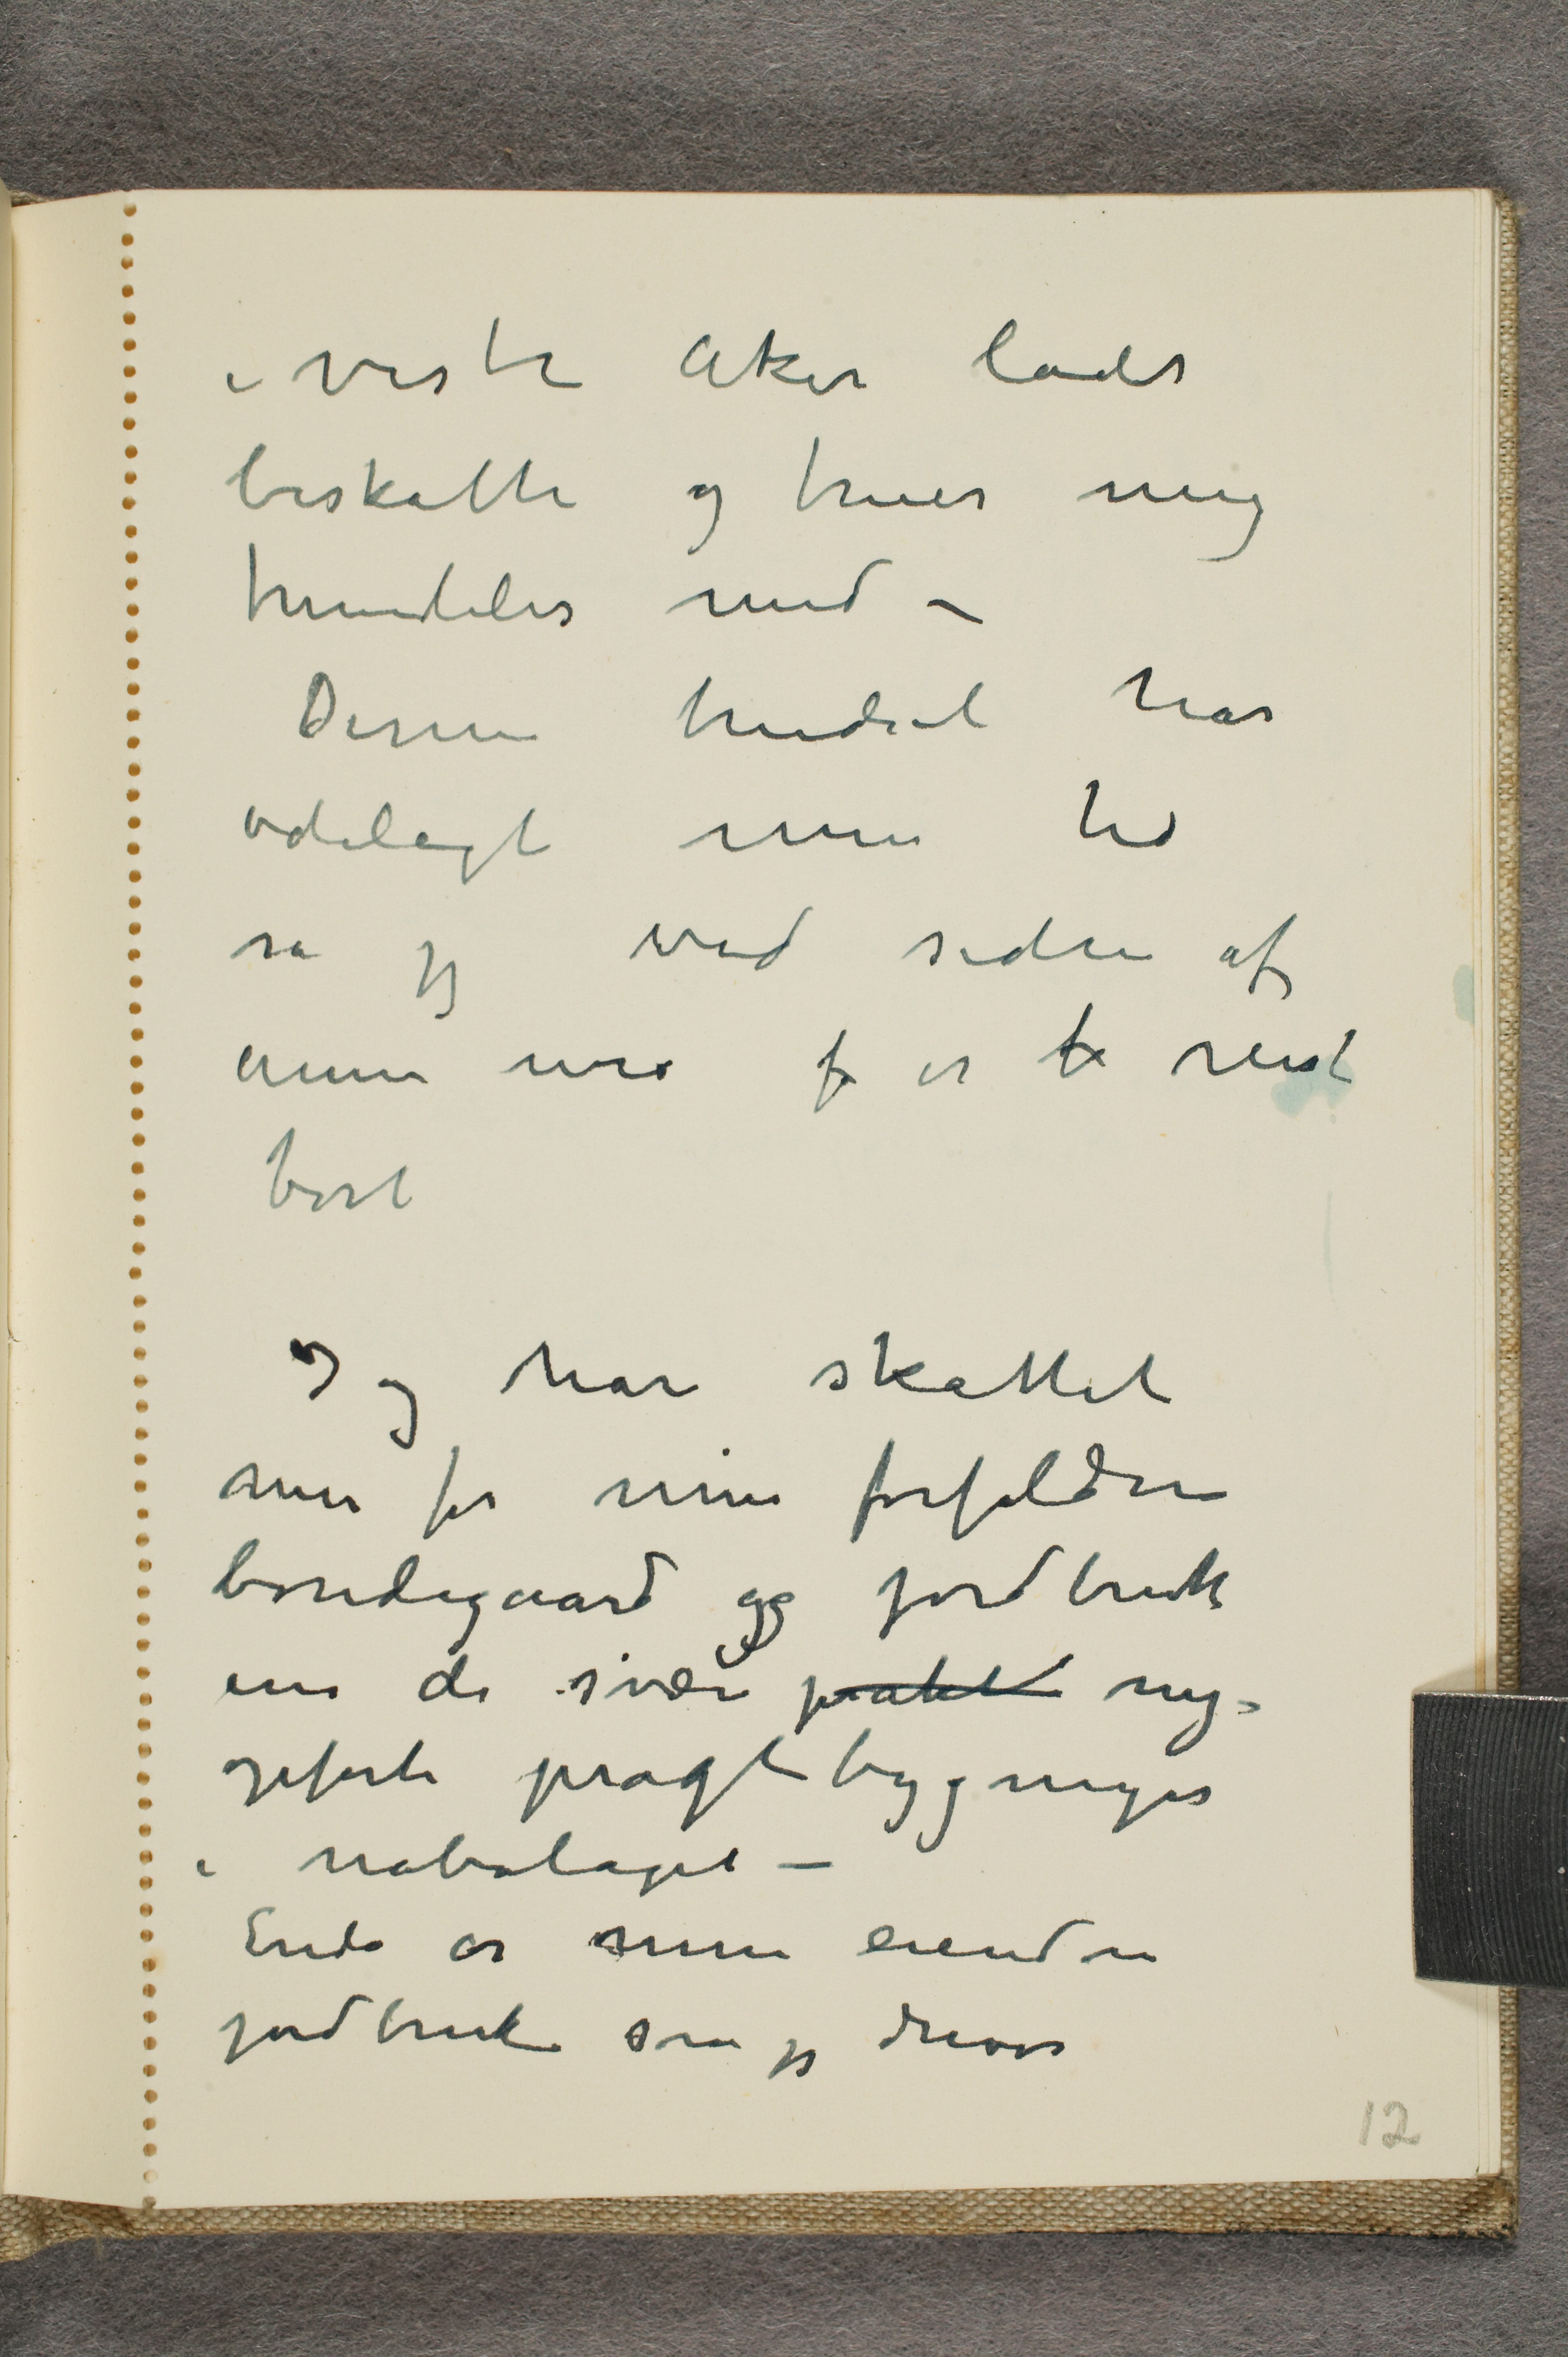
i Vestre Aker ladet
beskatte og truer mig
fremdeles med -
Denne trudsel har
ødelagt min tid
så jeg ved siden af
annen uro f er b reist
bort
Jeg har skattet
mer for min forfaldne
bondegaard og jordbruk
enn de svære prakt ny-
opførte pragtbygninger
i nabolaget -
Enda er min eiendom
jordbruk som jeg driver